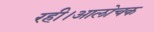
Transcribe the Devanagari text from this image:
रही।आलोचक